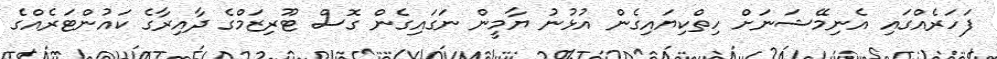
ފަހަރެއްގައި އެނިމޭޝަނަށް ހިތްކިޔައިގެން އުޅުނު ޔާމީން ނަގައިގެން ގޮސް ޓޫރިޒަމްގެ ދާއިރާގެ ކައުންޓަރެއްގެ